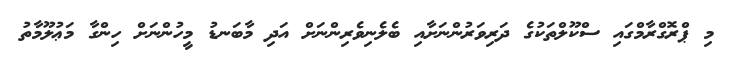
މި ޕްރޮގްރާމްގައި ސްކޫލްތަކުގެ ދަރިވަރުންނަށާއި ބެލެނިވެރިންނަށް އަދި މާބަނޑު މީހުންނަށް ހިންގާ މަޢުލޫމާތު